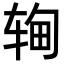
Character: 𬨉